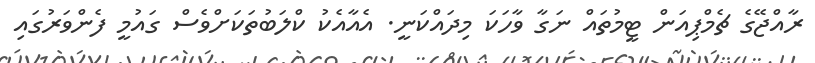
ރާއްޖޭގެ ޗެމްޕިއަން ޓީމުތައް ނަގާ ވާހަކަ މިދައްކަނީ. އެއާއެކު ކްލަބުތަކަށްވެސް ގައުމީ ފެންވަރުގައި